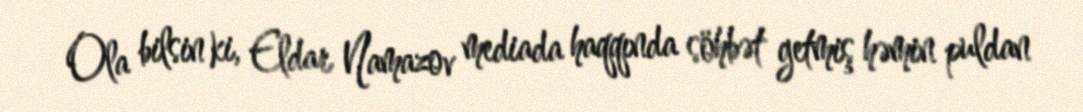
Ola bilsin ki, Eldar Namazov mediada haqqında söhbət getmiş həmin puldan